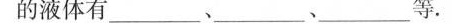
的液体有___、___、___等。